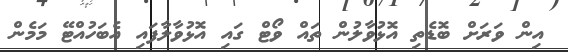
އިން ވަރަށް ބޮޑެތި އޮޅުވާލުން ތައް ވޯޓް ގައި އޮޅުވާލާފައި އެބަހުއްޓޭ މަމެން